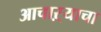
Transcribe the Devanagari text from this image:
आचाऱ्याचा